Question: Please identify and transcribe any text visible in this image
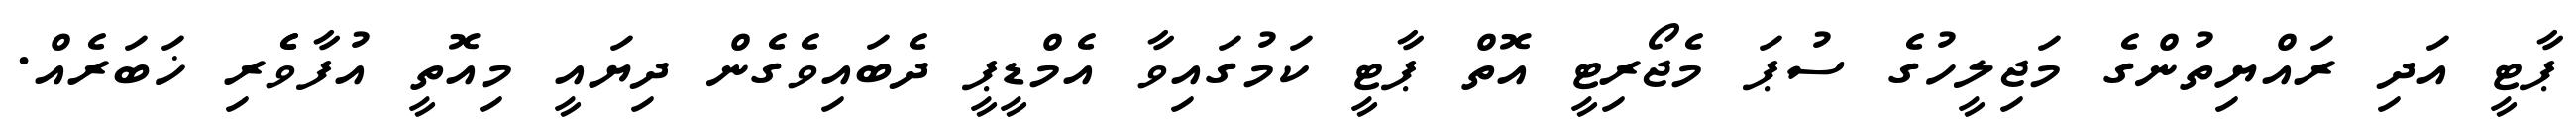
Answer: ޕާޓީ އަދި ރައްޔިތުންގެ މަޖިލީހުގެ ސުޕަ މެޖޯރިޓީ އޮތް ޕާޓީ ކަމުގައިވާ އެމްޑީޕީ ދެބައިވެގެން ދިޔައީ މިއޮތީ އުފާވެެރި ޚަބަރެއް.